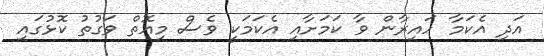
އަދި އެކަމާ ހައިރާން ވާ ކަމަށާއި އެކަމަކީ ވެސް މިއޮތް ވަގުތު ކޮޅުގައި